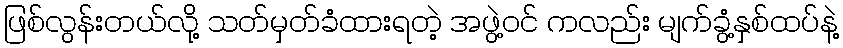
ဖြစ်လွန်းတယ်လို့ သတ်မှတ်ခံထားရတဲ့ အဖွဲ့ဝင် ကလည်း မျက်ခွံ့နှစ်ထပ်နဲ့